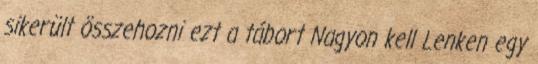
sikerült összehozni ezt a tábort Nagyon kell Lenken egy